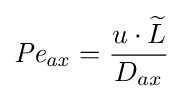
{\mathit {Pe_{ax}}}={\frac {u\cdot {\widetilde {L}}}{D_{ax}}}